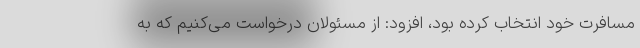
مسافرت خود انتخاب کرده بود، افزود: از مسئولان درخواست می‌کنیم که به